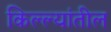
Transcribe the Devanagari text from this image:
किल्ल्यांतील